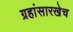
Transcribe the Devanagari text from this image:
ग्रहांसारखेच